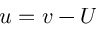
u = v - U